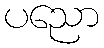
ပညော